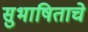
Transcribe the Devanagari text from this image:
सुभाषिताचे